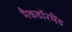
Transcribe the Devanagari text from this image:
मैकडाॅरमैंड